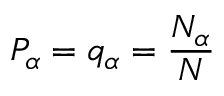
P _ { \alpha } = q _ { \alpha } = \frac { N _ { \alpha } } { N }